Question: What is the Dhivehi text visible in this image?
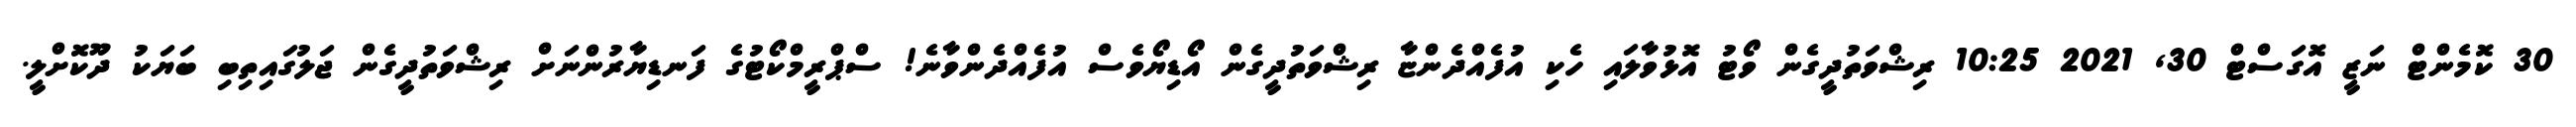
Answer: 30 ކޮމެންޓް ނަޒީ އޮގަސްޓް 30, 2021 10:25 ރިޝްވަތުދީގެން ވޯޓު އޮޅުވާލައި ހެކި އުފެއްދެންޏާ ރިޝްވަތުދީގެން އޯޑިޔޯވެސް އުފެއްދެންވާނެ! ސްޕްރީމްކޯޓުގެ ފަނޑިޔާރުންނަށް ރިޝްވަތުދީގެން ޖަލުގައިތިބި ބަޔަކު ދޫކޮށްލީ.